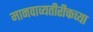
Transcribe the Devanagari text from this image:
मानवाव्यतीरीक्तच्या